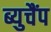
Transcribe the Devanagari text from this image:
ब्युचैंप